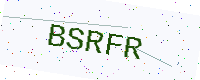
Text: BSRFR